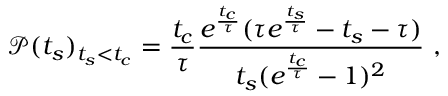
\mathscr { P } ( t _ { s } ) _ { t _ { s } < t _ { c } } = \frac { t _ { c } } { \tau } \frac { e ^ { \frac { t _ { c } } { \tau } } ( \tau e ^ { \frac { t _ { s } } { \tau } } - t _ { s } - \tau ) } { t _ { s } ( e ^ { \frac { t _ { c } } { \tau } } - 1 ) ^ { 2 } } ~ ,